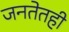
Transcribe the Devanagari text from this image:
जनतेतही